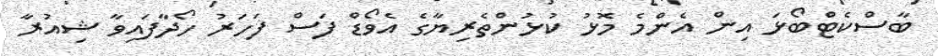
ބާސްކެޓްބޯޅަ އިން އެންމެ މޮޅު ކުޅުންތެރިޔާގެ އެވޯޑް ފަސް ފަހަރު ހޯދާފައިވާ ޝިއުރާ